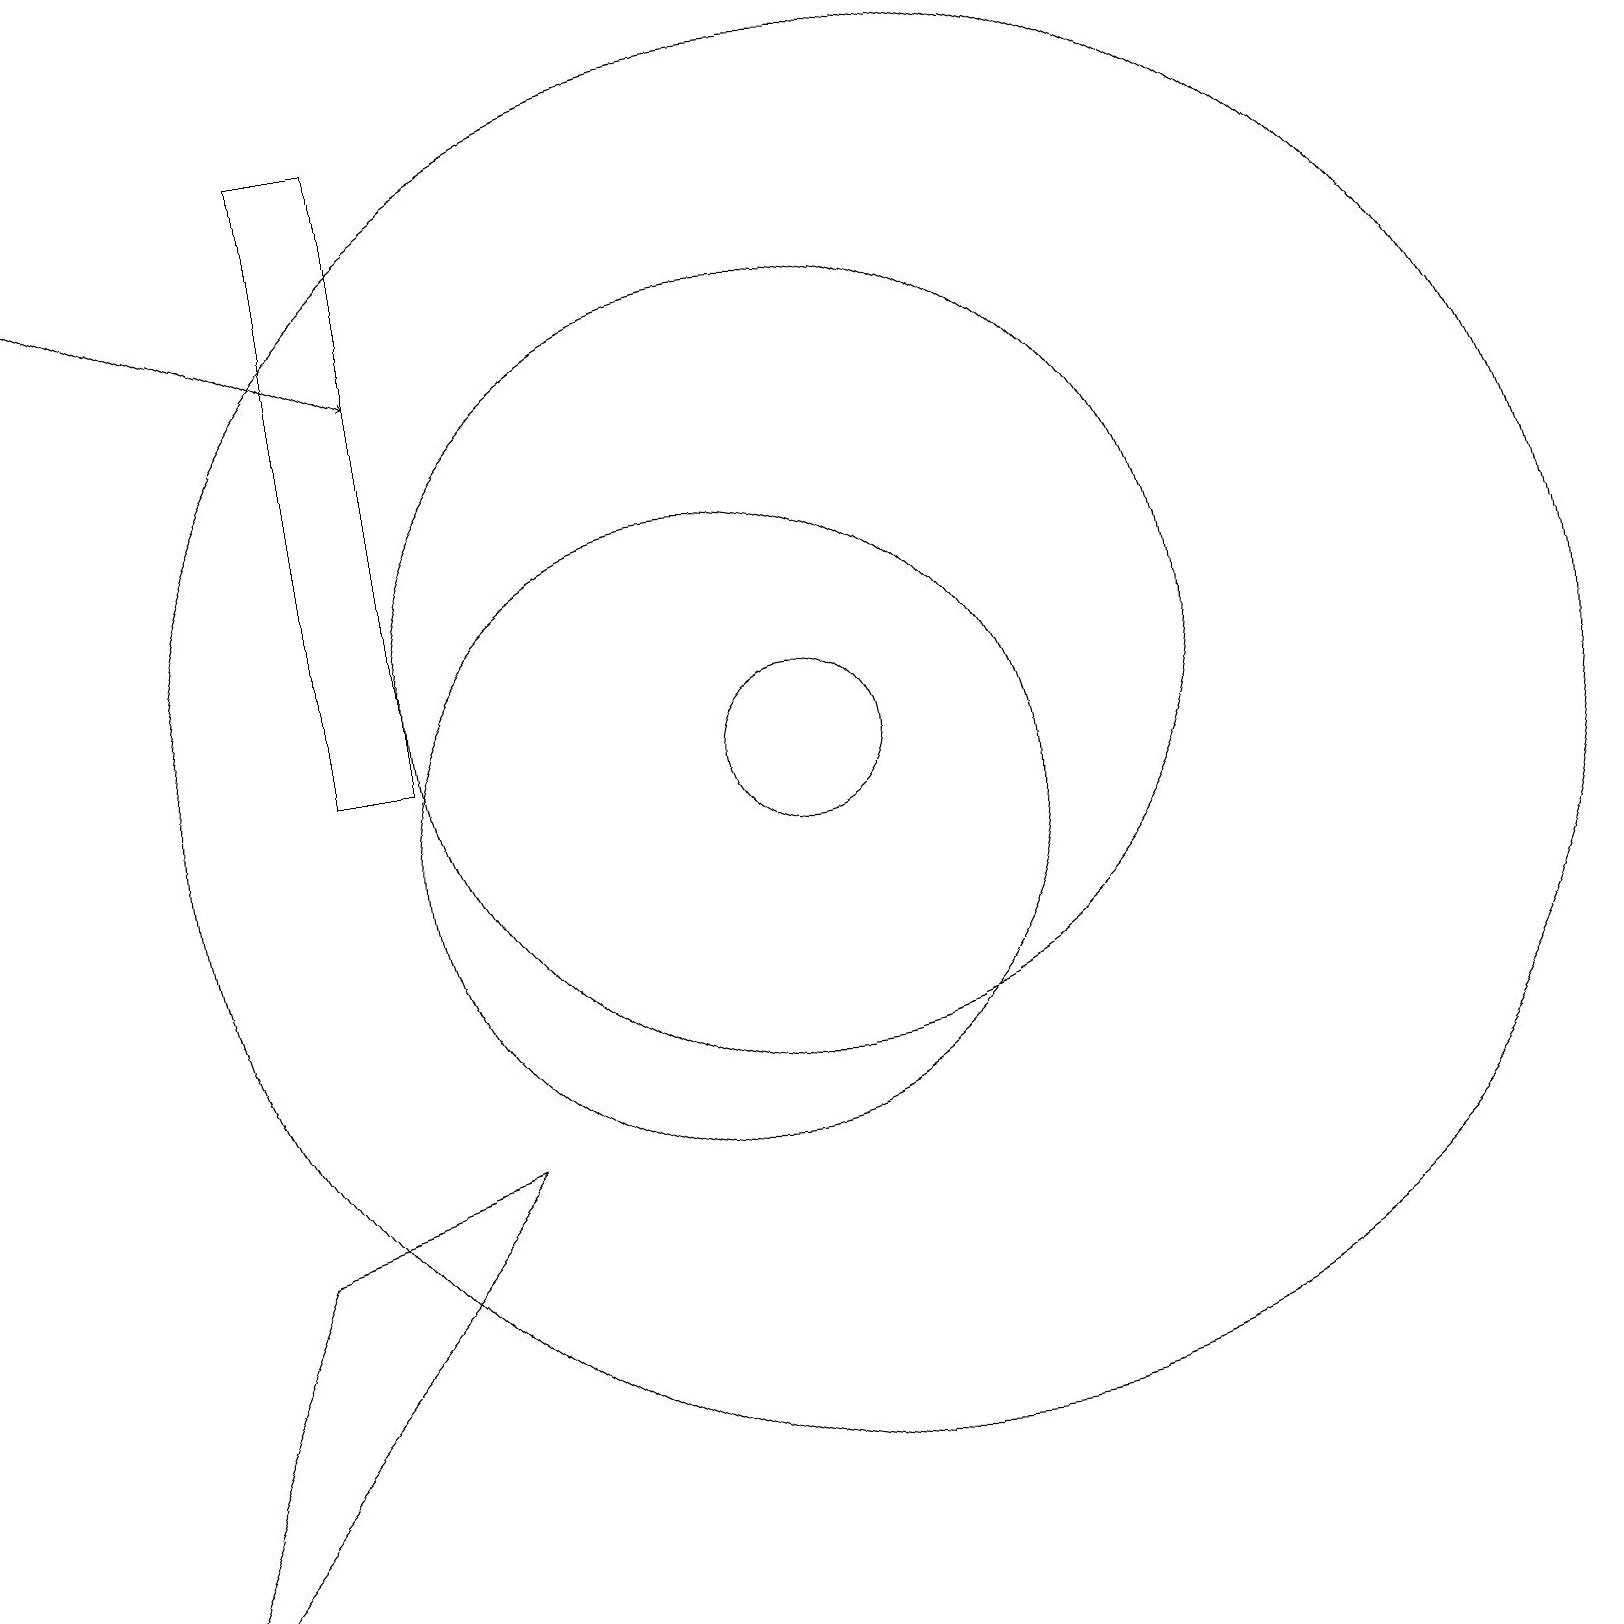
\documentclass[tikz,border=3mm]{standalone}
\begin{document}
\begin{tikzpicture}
\draw[->] (1,18) -- (6,16);
\draw (11,12) circle (5);
\draw (2,0) -- (4,5) -- (7,6) -- cycle;
\draw (12,11) circle (9);
\draw (10,10) circle (4);
\draw (6,11) rectangle (5,19);
\draw (11,11) circle (1);
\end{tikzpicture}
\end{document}